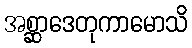
အစ္ဆာဒေတုကာမောသိ